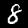
Digit: 8